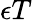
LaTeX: \epsilon T